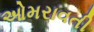
ઓમરાવતી